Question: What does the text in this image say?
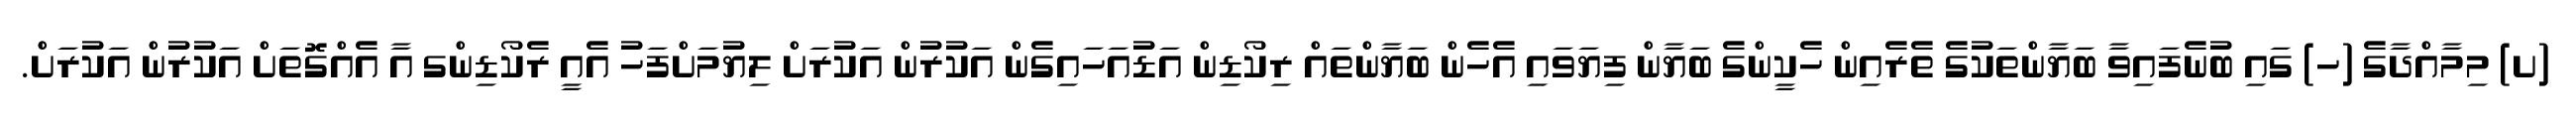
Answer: (ށ) މިމާއްދާގެ (ހ) ގައި ބުނެފައިވާ ބަޔާންތަކުގެ ތެރެއިން ހެކީންގެ ބަޔާން ފިޔަވައި އެހެން ބަޔާންތައް ރިކޯޑިން އަޑުއަހައިގެން އަކުރުން އަކުރަށް ލިޔުމަށްފަހު އެއީ ރެކޯޑިންގ އާ އެއްގޮތަށް އަކުރުން އަކުރަށް.